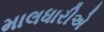
માલધારીએ